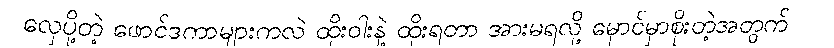
လှေပို့တဲ့ ဖောင်ဒကာများကလဲ ထိုးဝါးနဲ့ ထိုးရတာ အားမရလို့ မှောင်မှာစိုးတဲ့အတွက်